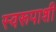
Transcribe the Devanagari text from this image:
स्वरूपाशी